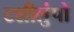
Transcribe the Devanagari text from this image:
टशीलुंपो